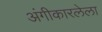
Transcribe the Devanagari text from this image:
अंगीकारलेला